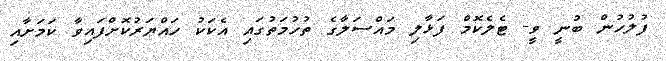
ފުލުހުން ބުނީ ވީ- ޓެލެކޮމް ފަޅާލި މައްސަލާގެ ތުހުމަތުގައި އެކަކު ހައްޔަރުކޮށްފައިވާ ކަމަށާއި